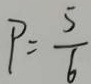
P = \frac { 5 } { 6 }